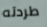
طردته